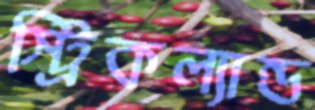
স্ট্রিকল্যান্ড